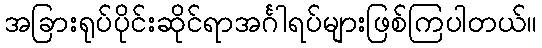
အခြားရုပ်ပိုင်းဆိုင်ရာအင်္ဂါရပ်များဖြစ်ကြပါတယ်။